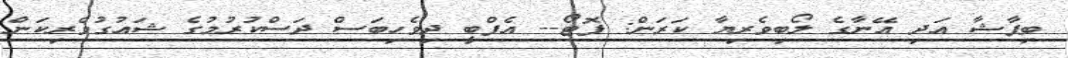
ބިޕާޝާ އަދި އޭނާގެ ލޯބިވެރިޔާ ކަރަން: ފޮޓޯ-- އެފްބީ ދިވެހިބަސް ދަސްކުރުމުގެ ޝައުގުވެރިކަން